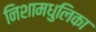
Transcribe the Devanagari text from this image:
निशामधुलिका